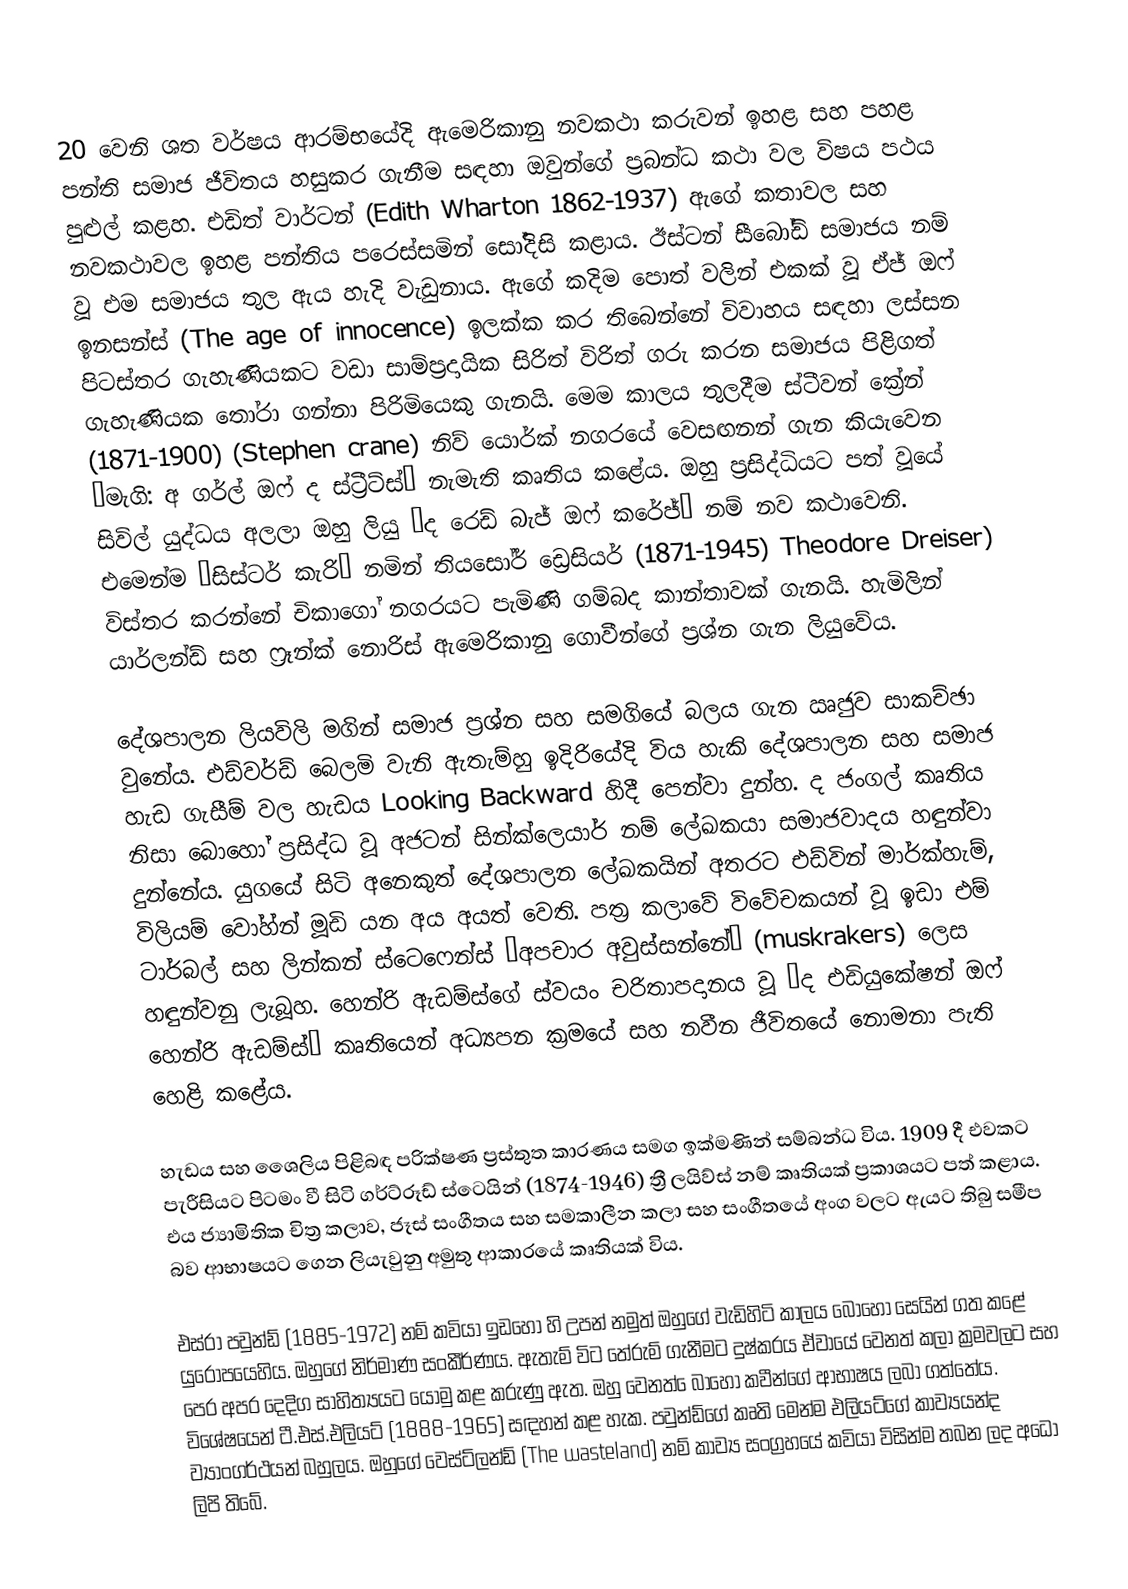
20 වෙනි ශත වර්ෂය ආරම්භයේදි ඇමෙරිකානු නවකථා කරුවන් ඉහළ සහ පහළ පන්ති සමාජ ජීවිතය හසුකර ගැනීම සඳහා ඔවුන්ගේ ප්‍රබන්ධ කථා වල විෂය පථය පුළුල් කළහ. එඩිත් වාර්ටන් (Edith Wharton 1862-1937) ඇගේ කතාවල සහ නවකථාවල ඉහළ පන්තිය පරෙස්සමින් සෝදිසි කළාය. ඊස්ටන් සීබෝඩ් සමාජය නම් වූ එම සමාජය තුල ඇය හැදි වැඩුනාය. ඇගේ කදිම පොත් වලින් එකක් වූ  ඒජ් ඔෆ් ඉනසන්ස් (The age of innocence) ඉලක්ක කර තිබෙන්නේ විවාහය සඳහා ලස්සන පිටස්තර ගැහැණියකට වඩා සාම්ප්‍රදායික සිරිත් විරිත් ගරු කරන සමාජය පිළිගත් ගැහැණියක තෝරා ගන්නා පිරිමියෙකු ගැනයි. මෙම කාලය තුලදීම ස්ටීවන් ක්‍රේන් (1871-1900) (Stephen crane) නිව් යොර්ක් නගරයේ වෙසඟනන් ගැන කියැවෙන ‘මැගි: අ ගර්ල් ඔෆ් ද ස්ට්‍රීට්ස්’ නැමැති කෘතිය කළේය. ඔහු ප්‍රසිද්ධියට පත් වූයේ සිවිල් යුද්ධය අලලා ඔහු ලියු ‘ද රෙඩ් බැජ් ඔෆ් කරේජ්’ නම් නව කථාවෙනි. එමෙන්ම ‘සිස්ටර් කැරි’ නමින් තියසෝර් ඩ්‍රෙසියර් (1871-1945) Theodore Dreiser) විස්තර කරන්නේ චිකාගෝ නගරයට පැමිණි ගම්බද කාන්තාවක් ගැනයි. හැමිලින් යාර්ලන්ඩ් සහ ෆ්‍රෑන්ක් නොරිස් ඇමෙරිකානු ගොවීන්ගේ ප්‍රශ්න ගැන ලියුවේය.

දේශපාලන ලියවිලි මගින් සමාජ ප්‍රශ්න සහ සමගියේ බලය ගැන ඍජුව සාකච්ඡා වුනේය. එඩ්වර්ඩ් බෙලමි වැනි ඇතැම්හු ඉදිරියේදි විය හැකි දේශපාලන සහ සමාජ හැඩ ගැසීම් වල හැඩය Looking Backward හිදී පෙන්වා දුන්හ. ද ජංගල් කෘතිය නිසා බොහෝ ප්‍රසිද්ධ වූ අජටන් සින්ක්ලෙයාර් නම් ලේඛකයා සමාජවාදය හඳුන්වා දුන්නේය. යුගයේ සිටි අනෙකුත් දේශපාලන ලේඛකයින් අතරට එඩ්වින් මාර්ක්හැම්, විලියම් වෝහ්න් මූඩි යන අය අයත් වෙති. පත්‍ර කලාවේ විවේචකයන් වූ ඉඩා එම් ටාර්බල් සහ ලින්කන් ස්ටෙෆෙන්ස් “අපචාර අවුස්සන්නේ” (muskrakers) ලෙස හඳුන්වනු ලැබූහ. හෙන්රි ඇඩම්ස්ගේ ස්වයං චරිතාපදානය වූ ‘ද එඩියුකේෂන් ඔෆ් හෙන්රි ඇඩම්ස්’ කෘතියෙන් අධ්‍යපන ක්‍රමයේ සහ නවීන ජීවිතයේ නොමනා පැති හෙළි කළේය.

හැඩය සහ ශෛලිය පිළිබඳ පරික්ෂණ ප්‍රස්තුත කාරණය සමග ඉක්මණින් සම්බන්ධ විය. 1909 දී එවකට පැරීසියට පිටමං වී සිටි ගර්ට්රූඩ් ස්ටෙයින් (1874-1946) ත්‍රී ලයිව්ස් නම් කෘතියක් ප්‍රකාශයට පත් කළාය. එය ජ්‍යාමිතික චිත්‍ර කලාව, ජෑස් සංගීතය සහ සමකාලීන කලා සහ සංගීතයේ අංග වලට ඇයට තිබු සමීප බව ආභාෂයට ගෙන ලියැවුනු අමුතු ආකාරයේ කෘතියක් විය.

එස්රා පවුන්ඩ් (1885-1972) නම් කවියා ඉඩහෝ හි උපන් නමුත් ඔහුගේ වැඩිහිටි කාලය බොහෝ සෙයින් ගත කළේ යුරෝපයෙහිය. ඔහුගේ නිර්මාණ සංකීර්ණය. ඇතැම් විට තේරුම් ගැනීමට දුෂ්කරය ඒවායේ වෙනත් කලා ක්‍රමවලට සහ පෙර අපර දෙදිග සාහිත්‍යයට යොමු කළ කරුණු ඇත. ඔහු වෙනත් ‍ෙබාහෝ කවීන්ගේ ආභාෂය ලබා ගත්තේය. විශේෂයෙන් ටී.එස්.එලියට් (1888-1965) සඳහන් කළ හැක. පවුන්ඩ්ගේ කෘති මෙන්ම එලියට්ගේ කාව්‍යයන්ද ව්‍යාංගර්ථයන් බහුලය. ඔහුගේ වෙස්ට්ලන්ඩ් (The wasteland) නම් කාව්‍ය සංග්‍රහයේ කවියා විසින්ම තබන ලද අධෝ ලිපි තිබේ.